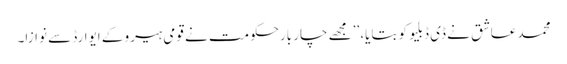
محمد عاشق نے ڈی ڈبلیو کو بتایا، ’’مجھے چار بارحکومت نے قومی ہیرو کے ایوارڈ سے نوازا۔